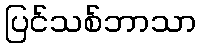
ပြင်သစ်ဘာသာ